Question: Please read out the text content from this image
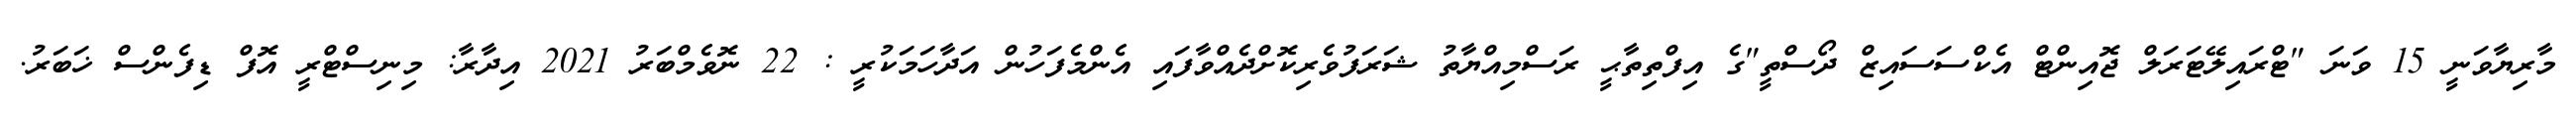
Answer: މާރިޔާވަނީ 15 ވަނަ "ޓްރައިލޭޓަރަލް ޖޮއިންޓް އެކްސަސައިޒް ދޯސްތީ"ގެ އިފްތިތާޙީ ރަސްމިއްޔާތު ޝަރަފުވެރިކޮށްދެއްވާފައި އެންމެފަހުން އަދާހަމަކުރީ : 22 ނޮވެމްބަރު 2021 އިދާރާ: މިނިސްޓްރީ އޮފް ޑިފެންސް ޚަބަރު.